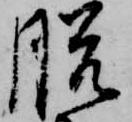
脱